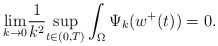
\begin{align*}\underset{k\rightarrow0}{\lim}\frac{1}{k^{2}}\underset{t\in(0,T)}{\sup}\int_{\Omega}\Psi_{k}(w^{+}(t))=0. \end{align*}